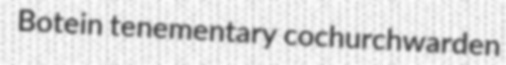
Botein tenementary cochurchwarden